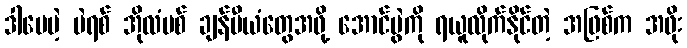
ဒါပေမဲ့ ပဲရစ် အိုလံပစ် ချန်ပီယံတွေအဖို့ အောင်ပွဲကို ရယူလိုက်နိုင်တဲ့ အဖြစ်က အဖိုး